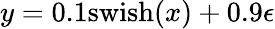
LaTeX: y=0.1\mathrm{swish}(x)+0.9\epsilon